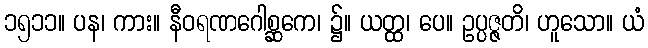
၁၅၁၁။ ပန၊ ကား။ နီဝရဏဂေါစ္ဆကေ၊ ၌။ ယတ္ထ၊ ပေ။ ဥပ္ပဇ္ဇတိ၊ ဟူသော။ ယံ